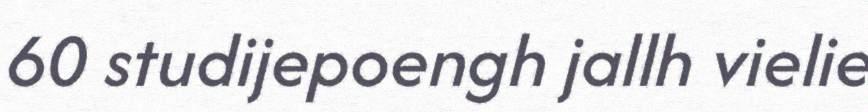
60 studijepoengh jallh vielie